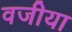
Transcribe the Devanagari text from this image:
वजीया